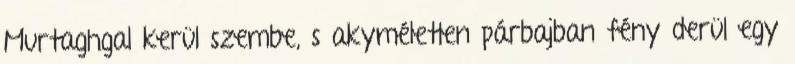
Murtaghgal kerül szembe, s akyméletlen párbajban fény derül egy